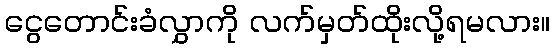
ငွေတောင်းခံလွှာကို လက်မှတ်ထိုးလို့ရမလား။